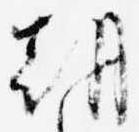
朝